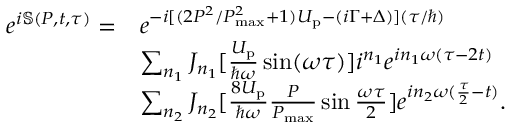
\begin{array} { r l } { e ^ { i \mathbb { S } ( P , t , \tau ) } = } & { e ^ { - i [ ( { 2 P ^ { 2 } } / { P _ { \mathrm { m a x } } ^ { 2 } } + 1 ) U _ { \mathrm { p } } - ( i \Gamma + \Delta ) ] ( { \tau } / { \hbar } ) } } \\ & { \sum _ { n _ { 1 } } J _ { n _ { 1 } } [ \frac { U _ { \mathrm { p } } } { \hbar \omega } \sin ( \omega \tau ) ] i ^ { n _ { 1 } } e ^ { i n _ { 1 } \omega ( \tau - 2 t ) } } \\ & { \sum _ { n _ { 2 } } J _ { n _ { 2 } } [ \frac { 8 U _ { \mathrm { p } } } { \hbar \omega } \frac { P } { P _ { \mathrm { m a x } } } \sin \frac { \omega \tau } { 2 } ] e ^ { i n _ { 2 } \omega ( \frac { \tau } { 2 } - t ) } . } \end{array}